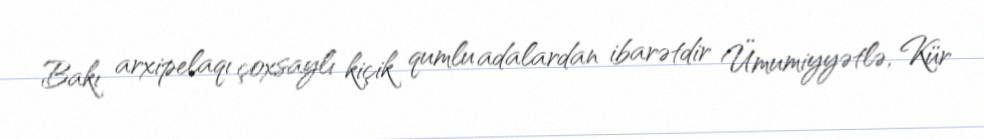
Bakı arxipelaqı çoxsaylı kiçik qumlu adalardan ibarətdir Ümumiyyətlə, Kür